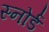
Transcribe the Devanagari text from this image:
स्नोर्ड